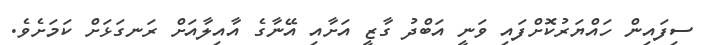
ސިފައިން ހައްޔަރުކޮށްފައި ވަނީ އަބްދު ގާޒީ އަށާއި އޭނާގެ އާއިލާއަށް ރަނގަޅަށް ކަމަށެވެ.